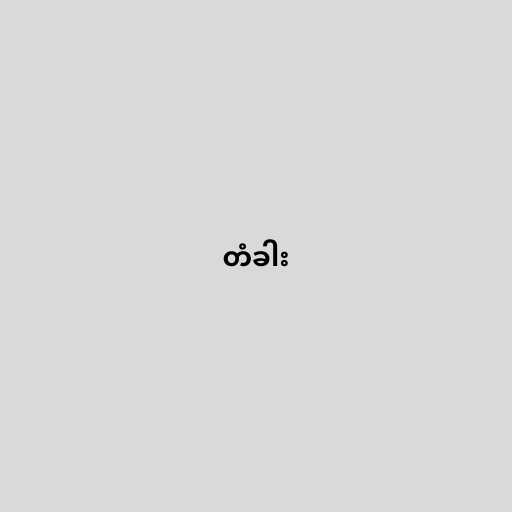
တံခါး